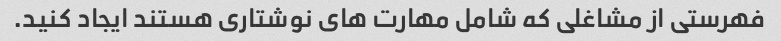
فهرستی از مشاغلی که شامل مهارت های نوشتاری هستند ایجاد کنید.